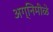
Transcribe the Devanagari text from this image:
अग्निमीळे